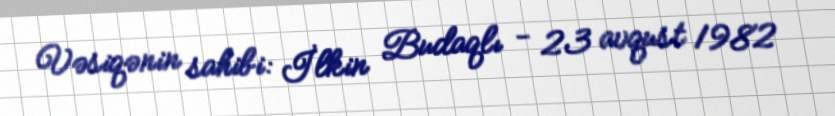
Vəsiqənin sahibi: İlkin Budaqlı - 23 avqust 1982